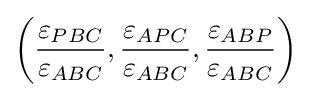
\left({\frac {\varepsilon _{PBC}}{\varepsilon _{ABC}}},{\frac {\varepsilon _{APC}}{\varepsilon _{ABC}}},{\frac {\varepsilon _{ABP}}{\varepsilon _{ABC}}}\right)